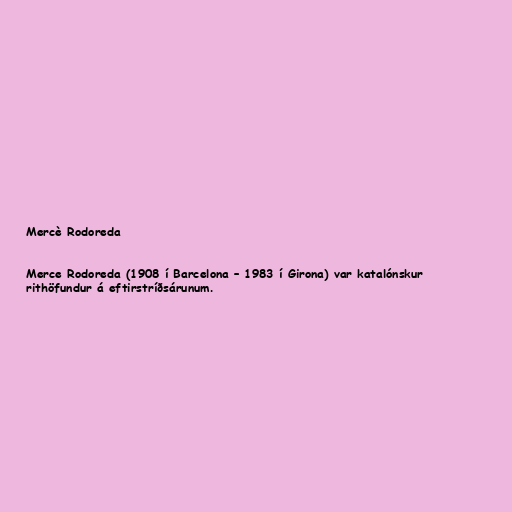
Mercè Rodoreda

Merce Rodoreda (1908 í Barcelona – 1983 í Girona) var katalónskur
rithöfundur á eftirstríðsárunum.